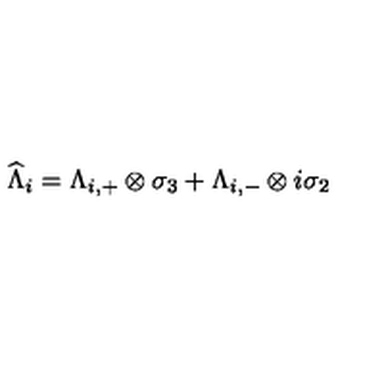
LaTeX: \widehat { \Lambda } _ { i } = \Lambda _ { i , + } \otimes \sigma _ { 3 } + \Lambda _ { i , - } \otimes i \sigma _ { 2 }